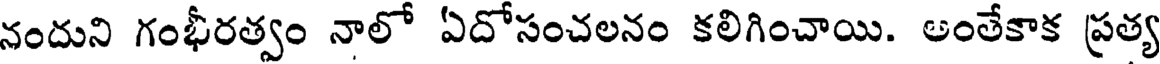
నందుని గంభీరత్వం నాలో ఏదోసంచలనం కలిగించాయి. అంతేకాక ప్రత్య